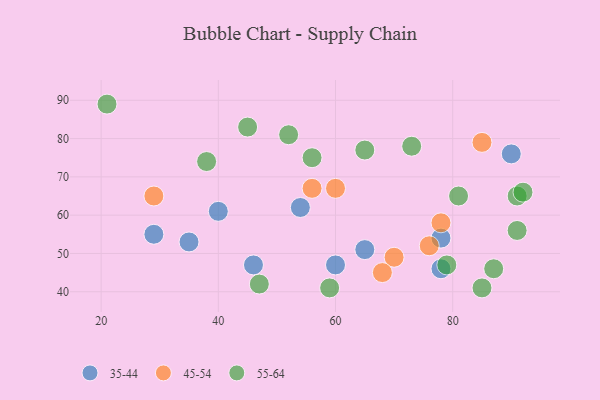
{"axis": {"x": "GDP", "y": "Life Expectancy"}, "legend": ["35-44", "45-54", "55-64"], "data": [{"x": "65", "y": 51, "type": "35-44"}, {"x": "40", "y": 61, "type": "35-44"}, {"x": "46", "y": 47, "type": "35-44"}, {"x": "78", "y": 54, "type": "35-44"}, {"x": "29", "y": 55, "type": "35-44"}, {"x": "60", "y": 47, "type": "35-44"}, {"x": "78", "y": 46, "type": "35-44"}, {"x": "35", "y": 53, "type": "35-44"}, {"x": "54", "y": 62, "type": "35-44"}, {"x": "90", "y": 76, "type": "35-44"}, {"x": "76", "y": 52, "type": "45-54"}, {"x": "60", "y": 67, "type": "45-54"}, {"x": "70", "y": 49, "type": "45-54"}, {"x": "29", "y": 65, "type": "45-54"}, {"x": "85", "y": 79, "type": "45-54"}, {"x": "68", "y": 45, "type": "45-54"}, {"x": "78", "y": 58, "type": "45-54"}, {"x": "56", "y": 67, "type": "45-54"}, {"x": "45", "y": 83, "type": "55-64"}, {"x": "87", "y": 46, "type": "55-64"}, {"x": "52", "y": 81, "type": "55-64"}, {"x": "81", "y": 65, "type": "55-64"}, {"x": "59", "y": 41, "type": "55-64"}, {"x": "65", "y": 77, "type": "55-64"}, {"x": "73", "y": 78, "type": "55-64"}, {"x": "47", "y": 42, "type": "55-64"}, {"x": "56", "y": 75, "type": "55-64"}, {"x": "21", "y": 89, "type": "55-64"}, {"x": "91", "y": 65, "type": "55-64"}, {"x": "79", "y": 47, "type": "55-64"}, {"x": "91", "y": 56, "type": "55-64"}, {"x": "85", "y": 41, "type": "55-64"}, {"x": "38", "y": 74, "type": "55-64"}, {"x": "92", "y": 66, "type": "55-64"}]}